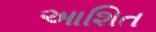
આશિત